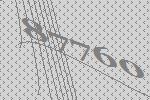
87760